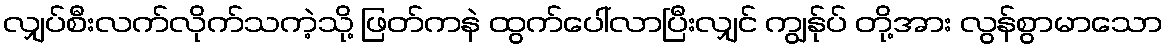
လျှပ်စီးလက်လိုက်သကဲ့သို့ ဖြတ်ကနဲ ထွက်ပေါ်လာပြီးလျှင် ကျွန်ုပ် တို့အား လွန်စွာမာသော